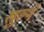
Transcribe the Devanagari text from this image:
खुल्ने